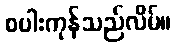
စပါးကုန်သည်လိမ်။